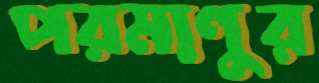
পরমাণুর